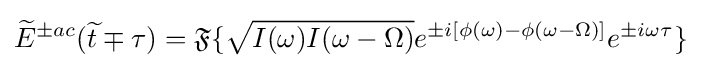
{\widetilde {E}}^{\pm ac}({\widetilde {t}}\mp \tau )={\mathfrak {F}}\{{\sqrt {I(\omega )I(\omega -\Omega )}}e^{\pm i[\phi (\omega )-\phi (\omega -\Omega )]}e^{\pm i\omega \tau }\}